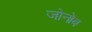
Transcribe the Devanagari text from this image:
जोनोब